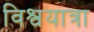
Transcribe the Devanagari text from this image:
विश्वयात्रा